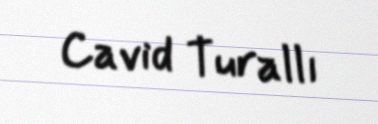
Cavid Turallı